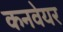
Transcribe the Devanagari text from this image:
कनवेयर